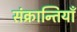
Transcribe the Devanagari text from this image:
संक्रान्तियाँ